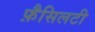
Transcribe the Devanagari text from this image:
फ़ैसिलटी